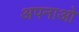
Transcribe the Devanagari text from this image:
अपनाओ